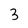
Character: 3